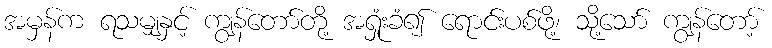
အမှန်က ရသမျှနှင့် ကျွန်တော်တို့ အရှုံးခံ၍ ရောင်းပစ်ဖို့၊ သို့သော် ကျွန်တော့်